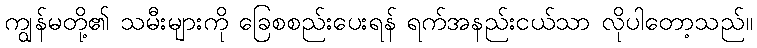
ကျွန်မတို့၏ သမီးများကို ခြေစစည်းပေးရန် ရက်အနည်းငယ်သာ လိုပါတော့သည်။